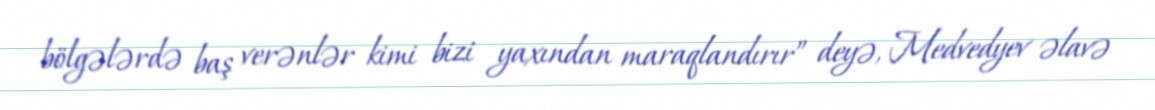
bölgələrdə baş verənlər kimi bizi yaxından maraqlandırır” deyə, Medvedyev əlavə